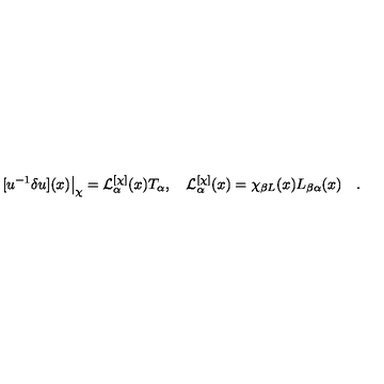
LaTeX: [ u ^ { - 1 } \delta u ] ( x ) \big | _ { \chi } = { \cal L } _ { \alpha } ^ { [ \chi ] } ( x ) T _ { \alpha } , \quad { \cal L } _ { \alpha } ^ { [ \chi ] } ( x ) = \chi _ { \beta L } ( x ) L _ { \beta \alpha } ( x ) \quad .